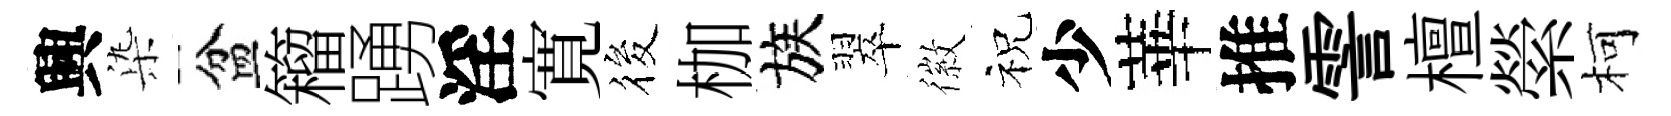
興𣑱盆籕踴淫寛筱枷族翠徽祝少華推霅檀縈柯